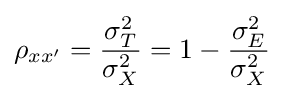
\rho _{xx'}={\frac {\sigma _{T}^{2}}{\sigma _{X}^{2}}}=1-{\frac {\sigma _{E}^{2}}{\sigma _{X}^{2}}}